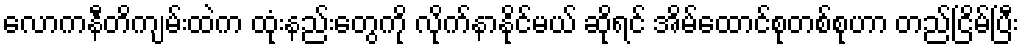
လောကနီတိကျမ်းထဲက ထုံးနည်းတွေကို လိုက်နာနိုင်မယ် ဆိုရင် အိမ်ထောင်စုတစ်စုဟာ တည်ငြိမ်ပြီး